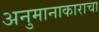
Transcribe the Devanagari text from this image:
अनुमानाकाराचा